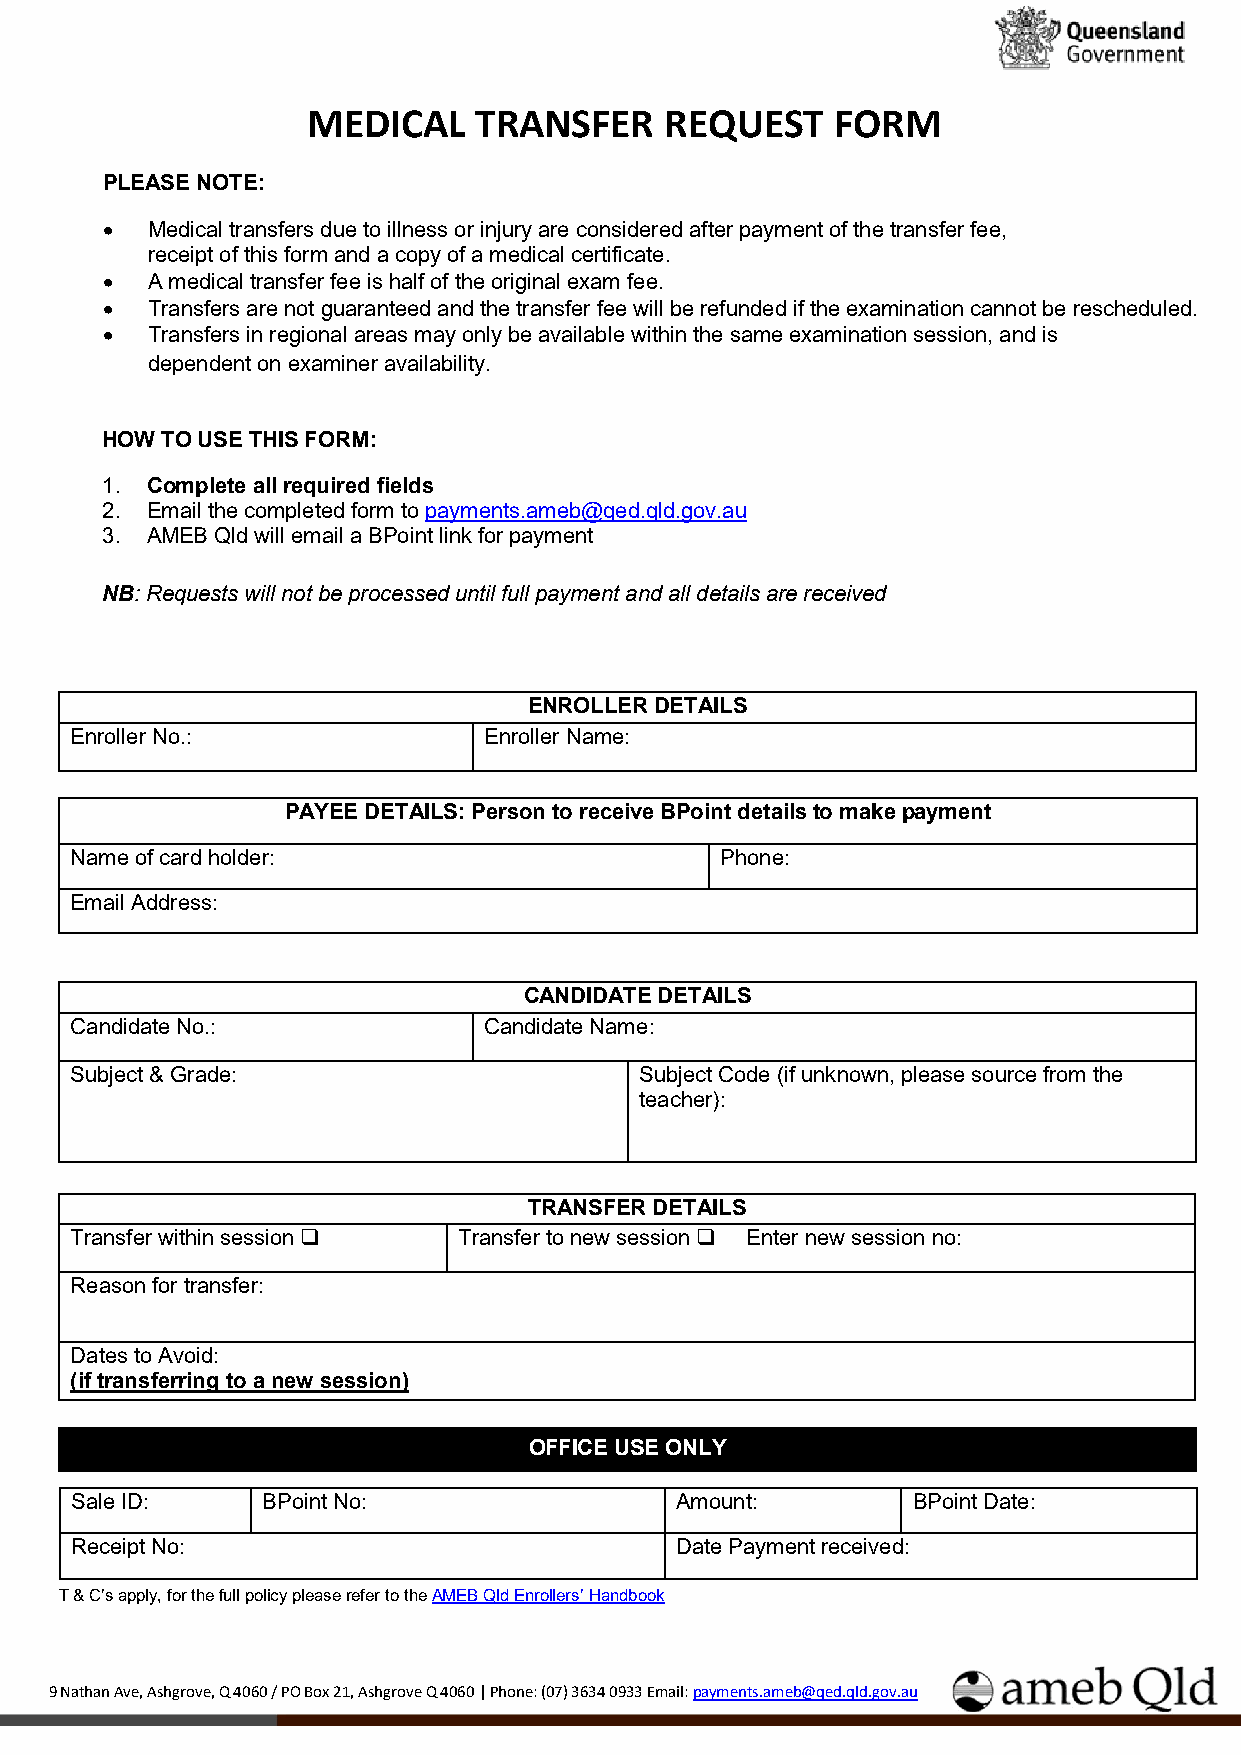
MEDICAL    TRANSFER     REQUEST    FORM
 PLEASE NOTE:
 •  Medical transfers due to illness or injury are considered after payment of the transfer fee,
 receipt of this form and a copy of a medical certificate.
 •  A medical transfer fee is half of the original exam fee.
 •  Transfers are not guaranteed and the transfer fee will be refunded if the examination cannot be rescheduled.
 •  Transfers in regional areas may only be available within the same examination session, and is
 dependent on examiner availability.
 H OW TO USE THIS FORM:
 1. Complete all required fields
 2. Email the completed form to payments.ameb@qed.qld.gov.au
 3. AMEB Qld will email a BPoint link for payment
 NB: Requests will not be processed until full payment and all details are received
 ENROLLER DETAILS
 Enroller No.:              Enroller Name:
 PAYEE DETAILS: Person to receive BPoint details to make payment
 Name of card holder:                       Phone:
 Email Address:
 CANDIDATE DETAILS
 Candidate No.:             Candidate Name:
 Subject & Grade:                     Subject Code (if unknown, please source from the
 teacher):
 TRANSFER DETAILS
 Transfer within session  Transfer to new session  Enter new session no:
 Reason for transfer:
 Dates to Avoid:
 (if transferring to a new session)
 OFFICE USE ONLY
 Sale ID:    BPoint No:                  Amount:        BPoint Date:
 Receipt No:                             Date Payment received:
 T & C’s apply, for the full policy please refer to the AMEB Qld Enrollers’ Handbook
 9 Nathan Ave, Ashgrove, Q 4060 / PO Box 21, Ashgrove Q 4060 | Phone: (07) 3634 0933 Email: payments.ameb@qed.qld.gov.au